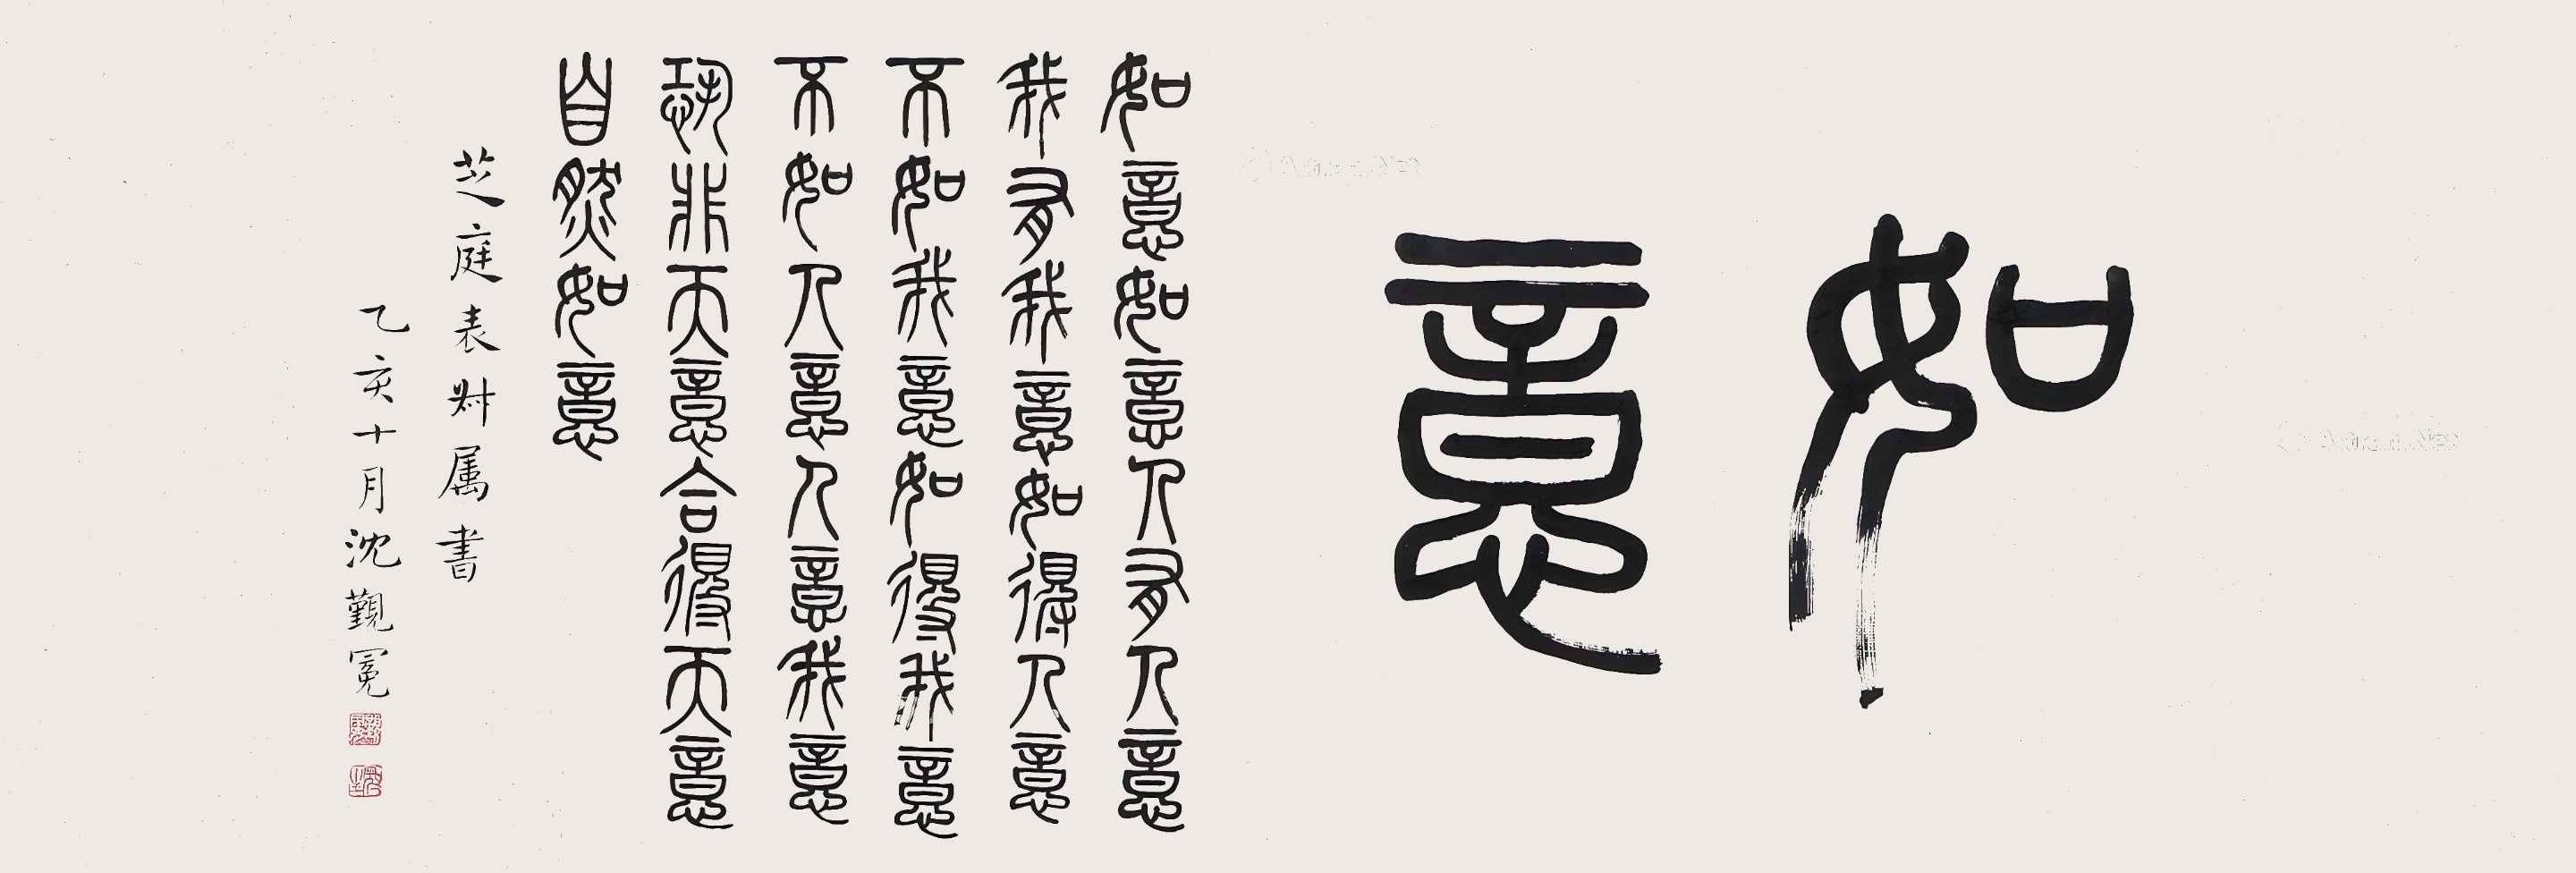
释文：如意。如意如意，人有人意，我有我意。如得人意，不如我意；如得我意，不如人意；人意、我意，恐非天意，合得天意，自然如意。芝庭表叔属书，乙亥十月沈觐冕。